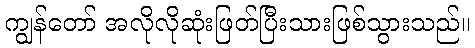
ကျွန်တော် အလိုလိုဆုံးဖြတ်ပြီးသားဖြစ်သွားသည်။